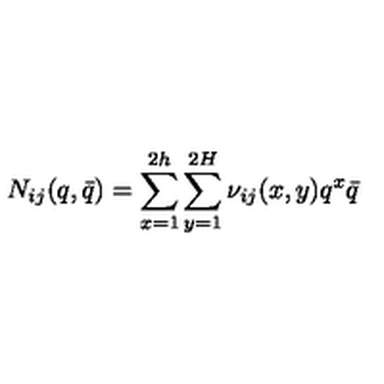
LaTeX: N _ { i j } ( q , \bar { q } ) = \sum _ { x = 1 } ^ { 2 h } \sum _ { y = 1 } ^ { 2 H } \nu _ { i j } ( x , y ) q ^ { x } \bar { q }